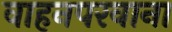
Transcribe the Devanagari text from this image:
वाहनपरवाना